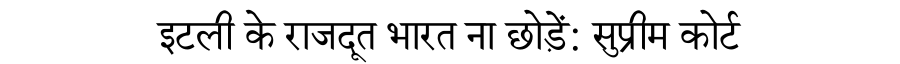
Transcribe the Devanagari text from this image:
इटली के राजदूत भारत ना छोड़ें: सुप्रीम कोर्ट